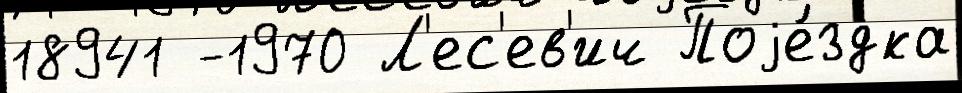
18941 -1970 Л'ес'ев'ич Поjе́здка